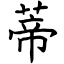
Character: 蒂